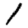
Digit: 1